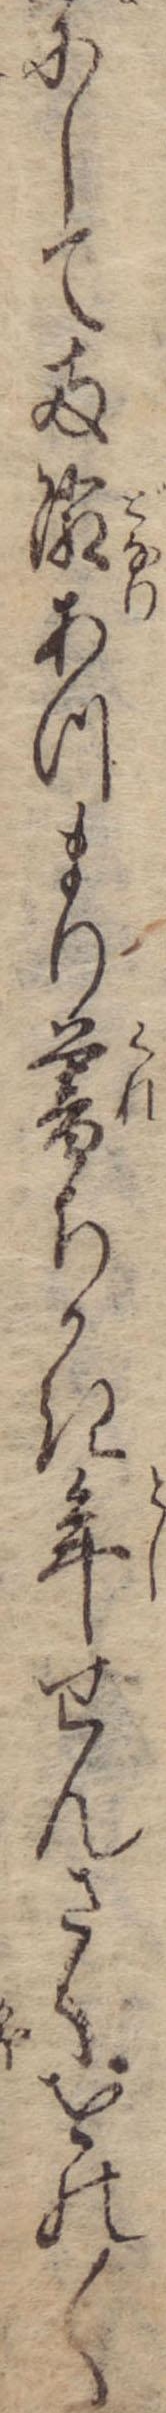
にして両隣あつまり暮ちかき年せんさくをの〱